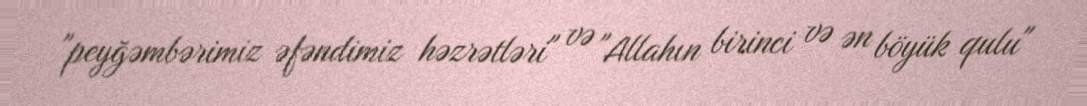
"peyğəmbərimiz əfəndimiz həzrətləri" və "Allahın birinci və ən böyük qulu"